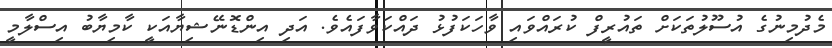
މެދުމިނުގެ އުސޫލުތަކަށް ތައުރީފް ކުރައްވައި ވާހަކަފުޅު ދައްކަވާފައެވެ. އަދި އިންޑޮނޭޝިޔާއަކީ ކާމިޔާބު އިސްލާމީ